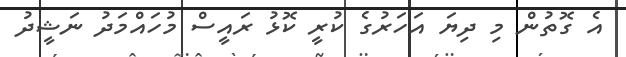
އެ ގޮތުން މި ދިޔަ އަހަރުގެ ކުރީ ކޮޅު ރައީސް މުހައްމަދު ނަޝީދު